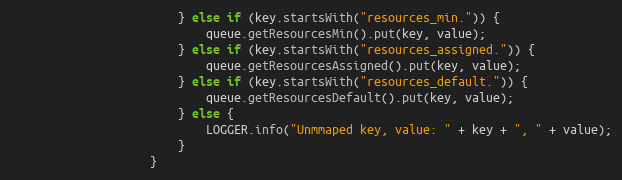
Language: Java
                        } else if (key.startsWith("resources_min.")) {
                            queue.getResourcesMin().put(key, value);
                        } else if (key.startsWith("resources_assigned.")) {
                            queue.getResourcesAssigned().put(key, value);
                        } else if (key.startsWith("resources_default.")) {
                            queue.getResourcesDefault().put(key, value);
                        } else {
                            LOGGER.info("Unmmaped key, value: " + key + ", " + value);
                        }
                    }